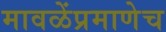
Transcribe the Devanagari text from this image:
मावळेंप्रमाणेच